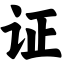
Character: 证